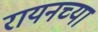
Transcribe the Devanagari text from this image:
रायनच्या